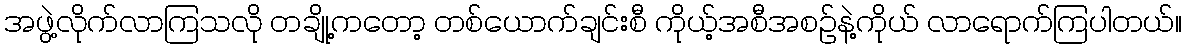
အဖွဲ့လိုက်လာကြသလို တချို့ကတော့ တစ်ယောက်ချင်းစီ ကိုယ့်အစီအစဉ်နဲ့ကိုယ် လာရောက်ကြပါတယ်။